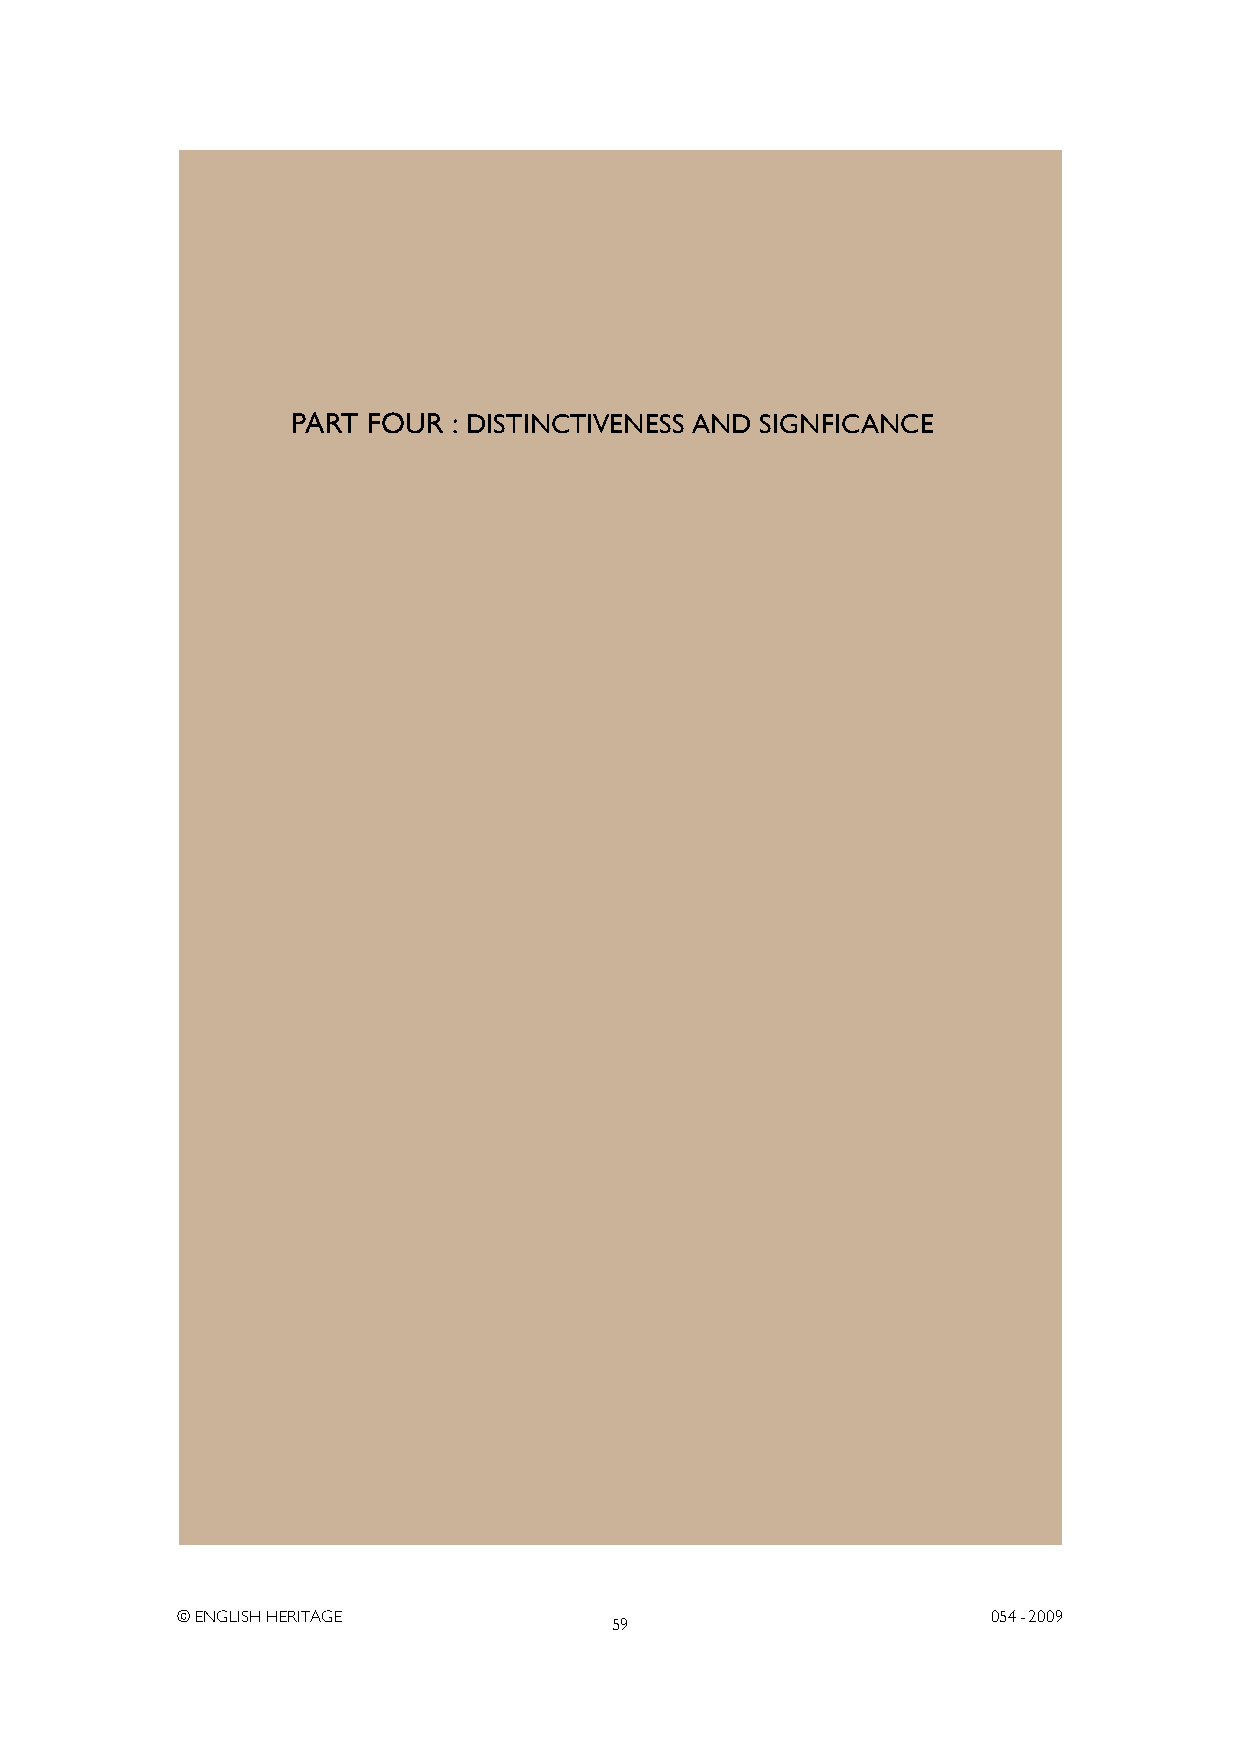
PART FOUR  : DISTINCTIVENESS AND SIGNFICANCE
 © ENGLISH HERITAGE                                    054- 2009
 59